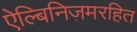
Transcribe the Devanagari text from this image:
ऐल्बिनिज़मरहित